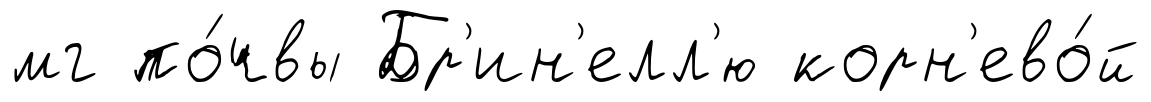
мг по́чвы Бр'ин'елл'ю корн'ево́й